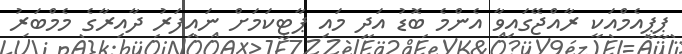
ޕީޕީއެމްއަކީ ރާއްޖޭގައިވާ އެންމެ ބޮޑު އަދި މައި ޕާޓީކަމަށް ނައިފަރު ދާއިރާގެ މެމްބަރު